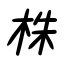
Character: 株